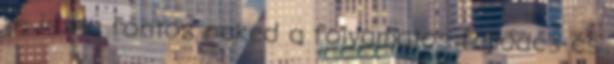
te is Ha fontos neked a folyamatos fejlődés és